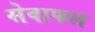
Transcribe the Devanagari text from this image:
सेवाफल